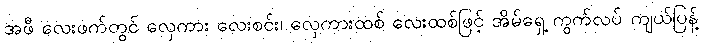
အဖီ လေးဖက်တွင် လှေကား လေးစင်း၊ လှေကားထစ် လေးထစ်ဖြင့် အိမ်ရှေ့ ကွက်လပ် ကျယ်ပြန့်